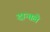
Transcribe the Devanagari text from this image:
दान्तले